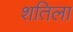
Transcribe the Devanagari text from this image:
शतिला